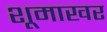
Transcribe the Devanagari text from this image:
शूमाखर